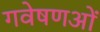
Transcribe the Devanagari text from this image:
गवेषणओं